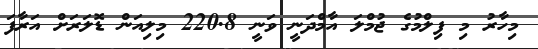
މިހާރު މި ފިލްމުގެ ޖުމްލަ އާމްދަނީ ވަނީ 220.8 މިލިއަން ޑޮލަރަށް އަރާފަ